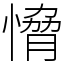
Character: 愶